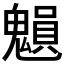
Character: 𩴉